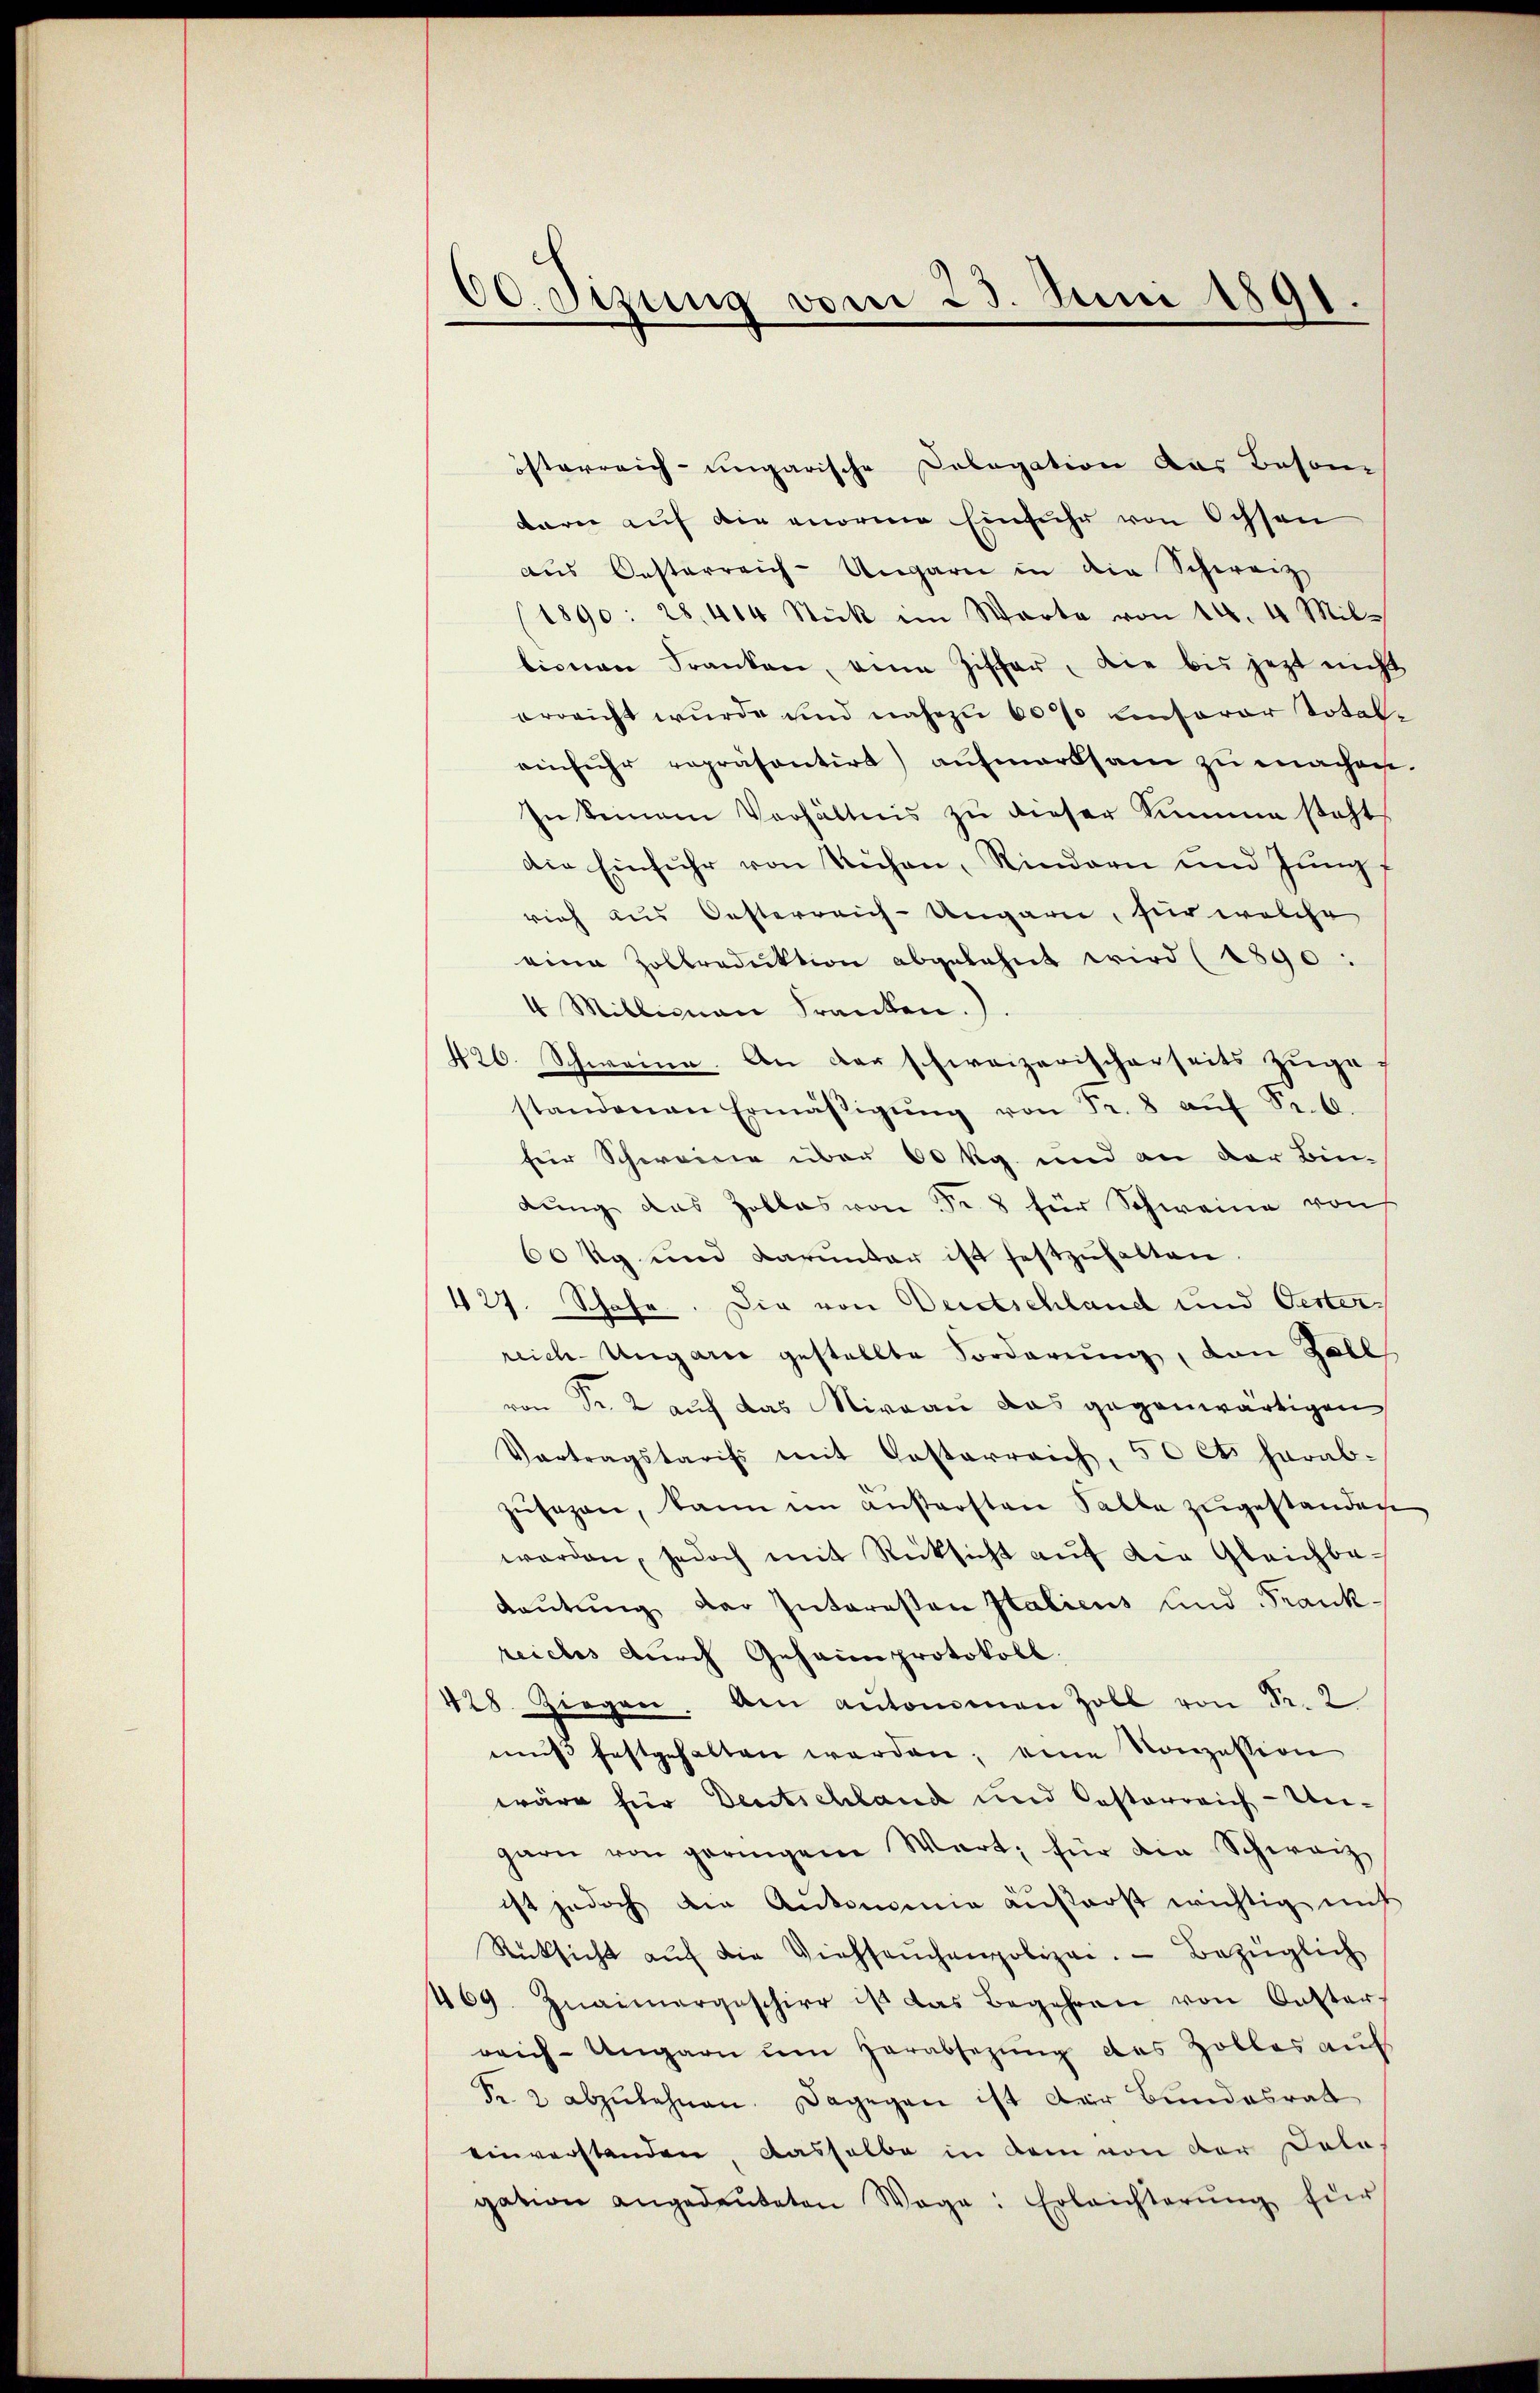
60. Sizung vom 23. Juni 1891.

isterreich-ungarische Dologation das Beson
barn auf die enorme Einfuhr von Ochsen
aŭs Oesterreich-Ungarn in die Schweiz
(1890: 28, 414 Stick im Warte von 14. 4 Mil-
tionen Franken, eine Ziffer, die bis jetzt nicht
errricht wurde und nahezu 60% Linserer Total-
einfuhr repräsentirt aufmerksam zu machen.
In keinem Verhältnis zu dieser Summe steht
die Einfuhr von Küchen, Rindern und Jungf
rich aus Oesterreich-Ungarn, für welche
eine Zollraduktion abgelehnt wird (1890:
4 Milleman Franken.
426. Schweine. An der schweizerischerseits zuge
standenen Ermäβigŭng von Fr. 8 aŭf Sr. k.
für Schweine über 60 kg. und an der Bindung das Zollas von Fr. 8 für Schweine von
60 kg und darunter ist festzuhalten.
427. Schafe. Die von Deutschland und Oester-
reich-Ungari gestellte Forderung, von Zoll
von Fr. 2 auf das Niveau das gegenwärtigen
Vortragstaris mit Costarreich, 50 Cts herab-
zŭsezen, kann im anstersten Salle zugestanden
worden, jedoch mit Rücksicht aŭf die Gleichba-
daŭtŭng der Interesen Italiens und Frank-
reiches durch Geheimprotokoll,
428. Ziegen. Am ankommen Zoll von Sr. 2
mŭβ festgehalten werden, eine Konzession
wäre für Deutschland und Pastorreich-Ungarn von geringene Wart, für die Schwarz
¬
ist jedoch die Aukommin ansterst wichtig mit
Rücksicht aŭf die Viehseuchenpolizei. Bezüglich
469. Znaimergeschier ist das Begehren von Caster-
reich-Ungarn um Herabsezung des Zolles auf
Fr. 2 abzulehnen. Dagegen ist der Bundesrat
einverstanden dasselbe in dem von der Salagation angedeuteten Wage: Erleichterŭng für